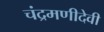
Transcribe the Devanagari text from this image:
चंद्रमणीदेवी